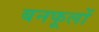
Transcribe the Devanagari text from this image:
बनफूलों